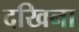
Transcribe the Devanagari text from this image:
दखिना